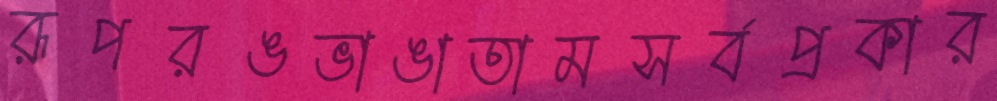
রূপরঙভাঙাতামসর্বপ্রকার